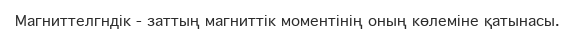
Магниттелгндік - заттың магниттік моментінің оның көлеміне қатынасы.